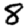
Digit: 8